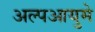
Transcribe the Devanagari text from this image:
अल्पआयुमे